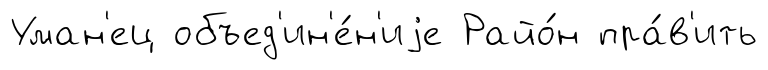
Уман'ец объед'ин'е́н'иjе Райо́н пра́в'ить